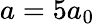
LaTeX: a=5a_{0}